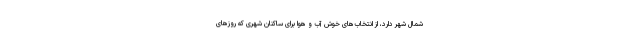
شمال شهر دارد، از انتخاب‌های خوش آب و هوا برای ساکنان شهری که روزهای